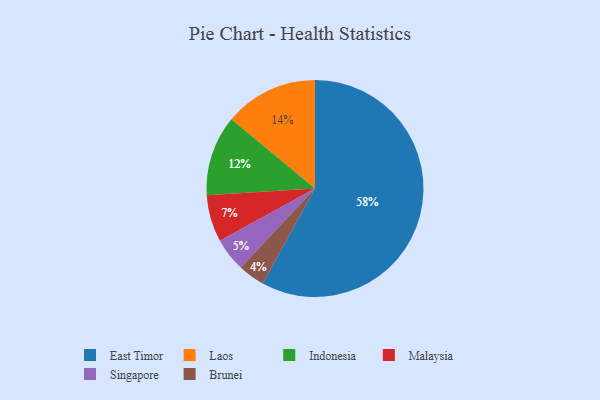
{"axis": {"x": "Category", "y": "Percentage"}, "legend": ["Brunei", "East Timor", "Indonesia", "Laos", "Malaysia", "Singapore"], "data": [{"x": "Laos", "y": 14, "type": "Laos"}, {"x": "Brunei", "y": 4, "type": "Brunei"}, {"x": "East Timor", "y": 58, "type": "East Timor"}, {"x": "Singapore", "y": 5, "type": "Singapore"}, {"x": "Malaysia", "y": 7, "type": "Malaysia"}, {"x": "Indonesia", "y": 12, "type": "Indonesia"}]}